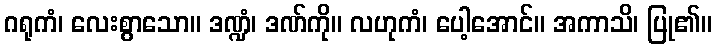
ဂရုကံ၊ လေးစွာသော။ ဒဏ္ဍံ၊ ဒဏ်ကို။ လဟုကံ၊ ပေါ့အောင်။ အကာသိ၊ ပြု၏။